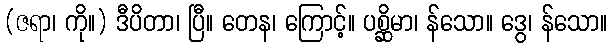
(ဇရာ၊ ကို။) ဒီပိတာ၊ ပြီ။ တေန၊ ကြောင့်။ ပစ္ဆိမာ၊ န်သော။ ဒွေ၊ န်သော။